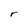
Character: r